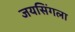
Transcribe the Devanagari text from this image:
जयसिंगला